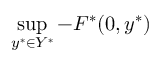
\operatorname* { s u p } _ { y ^ { * } \in Y ^ { * } } - F ^ { * } ( 0 , y ^ { * } )